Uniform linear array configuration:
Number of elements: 16
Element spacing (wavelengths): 1
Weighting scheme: kaiser
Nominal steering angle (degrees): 45
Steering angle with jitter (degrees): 44.304
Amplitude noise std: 0.05
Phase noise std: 0.05

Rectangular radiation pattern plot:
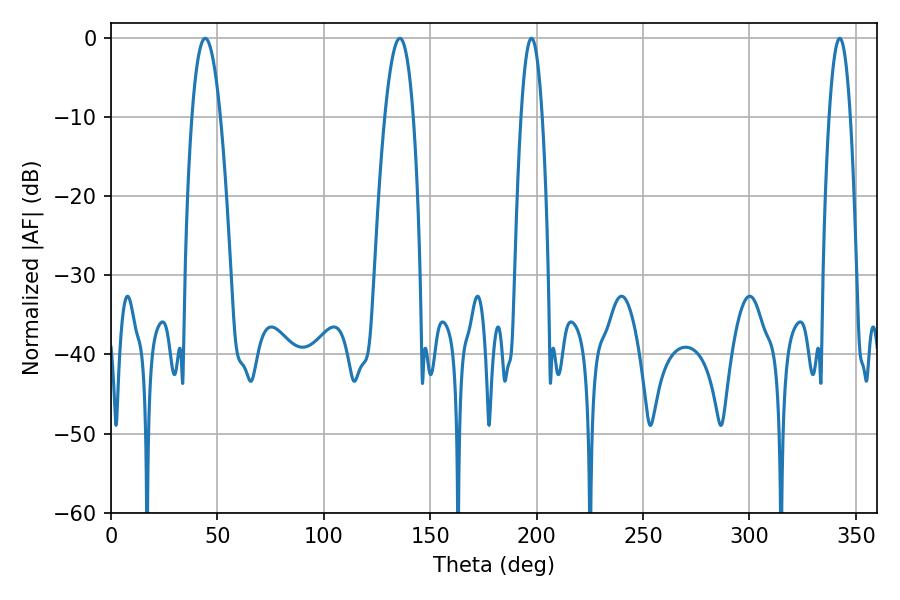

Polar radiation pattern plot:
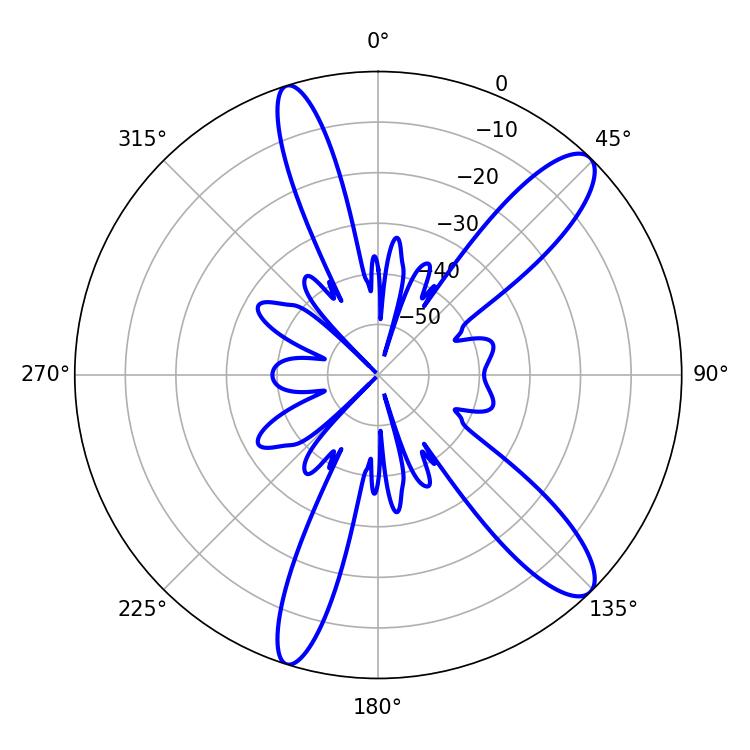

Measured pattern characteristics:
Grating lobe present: TRUE
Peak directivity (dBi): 11.826
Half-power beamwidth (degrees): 7.38
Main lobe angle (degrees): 44.28